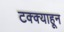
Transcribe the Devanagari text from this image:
टक्‍क्‍याहून